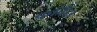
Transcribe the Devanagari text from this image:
कुनिंदा